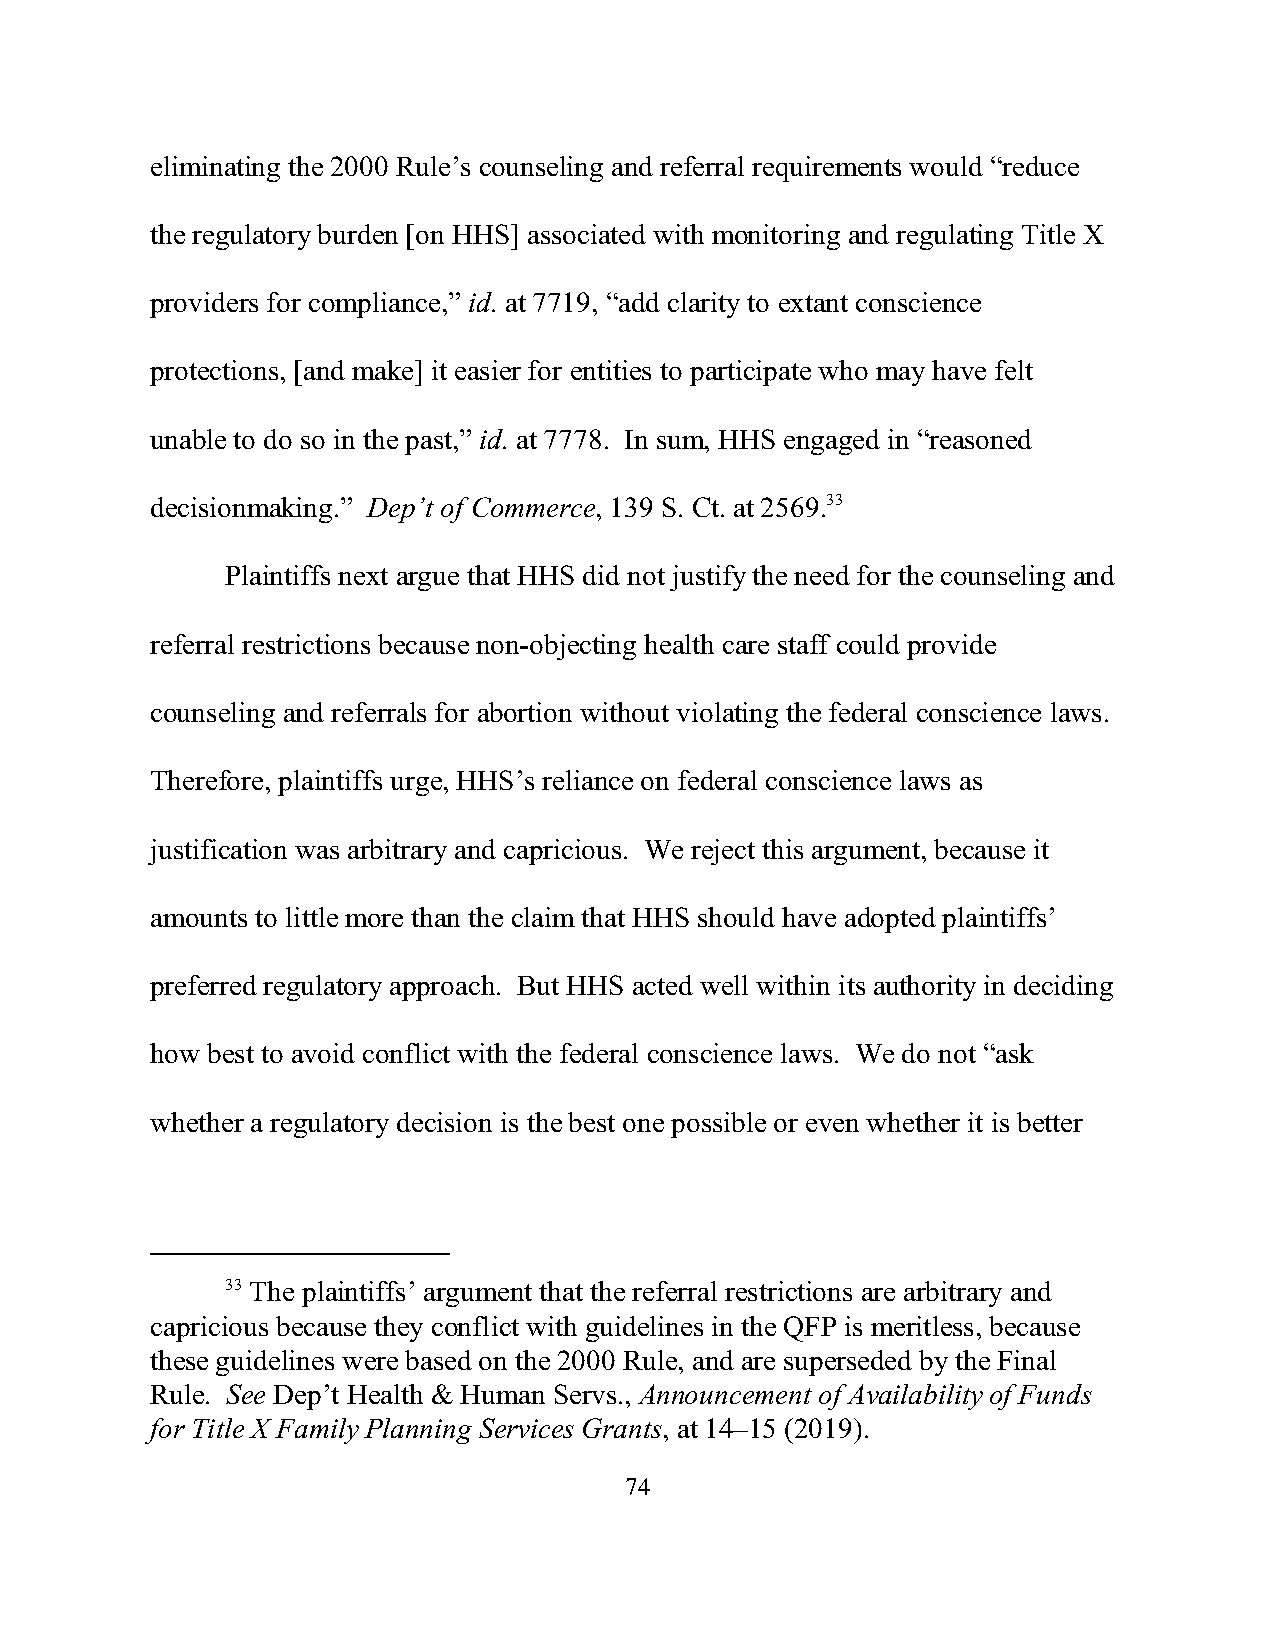
eliminating the 2000 Rule’s counseling and referral requirements would “reduce
 the regulatory burden [on HHS] associated with monitoring and regulating Title X
 providers for compliance,” id. at 7719, “add clarity to extant conscience
 protections, [and make] it easier for entities to participate who may have felt
 unable to do so in the past,” id. at 7778. In sum, HHS engaged in “reasoned
 decisionmaking.” Dep’t of Commerce, 139 S. Ct. at 2569.33
 Plaintiffs next argue that HHS did not justify the need for the counseling and
 referral restrictions because non-objecting health care staff could provide
 counseling and referrals for abortion without violating the federal conscience laws.
 Therefore, plaintiffs urge, HHS’s reliance on federal conscience laws as
 justification was arbitrary and capricious. We reject this argument, because it
 amounts to little more than the claim that HHS should have adopted plaintiffs’
 preferred regulatory approach. But HHS acted well within its authority in deciding
 how best to avoid conflict with the federal conscience laws. We do not “ask
 whether a regulatory decision is the best one possible or even whether it is better
 33 The plaintiffs’ argument that the referral restrictions are arbitrary and
 capricious because they conflict with guidelines in the QFP is meritless, because
 these guidelines were based on the 2000 Rule, and are superseded by the Final
 Rule. See Dep’t Health & Human Servs., Announcement of Availability of Funds
 for Title X Family Planning Services Grants, at 14–15 (2019).
 74